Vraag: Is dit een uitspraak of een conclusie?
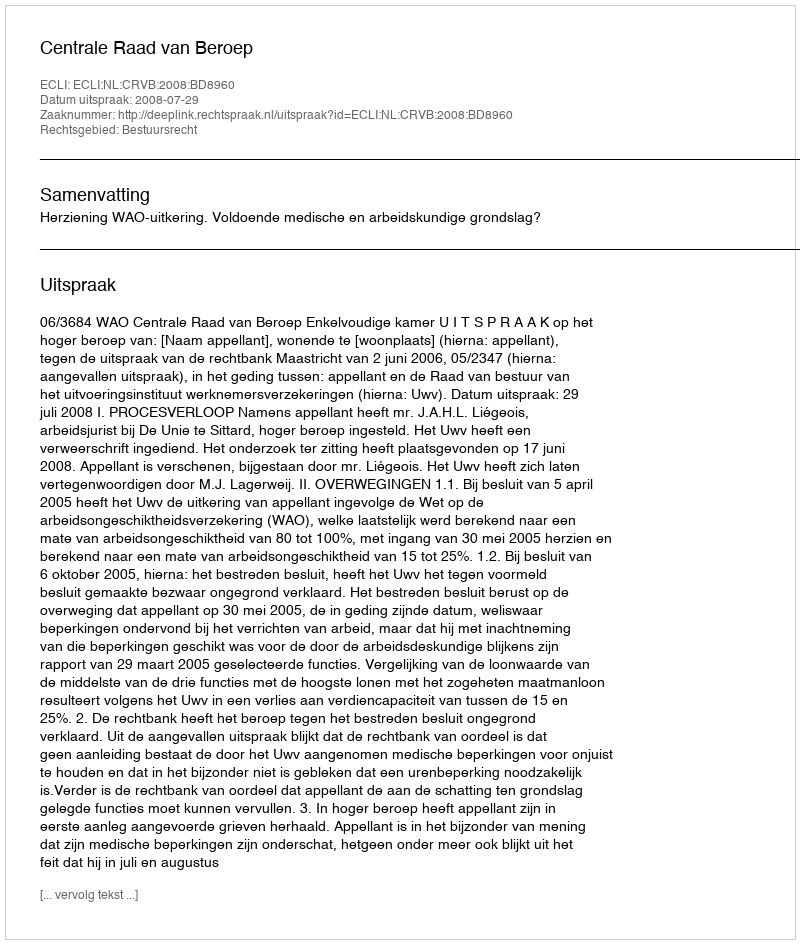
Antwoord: Uitspraak